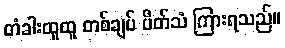
တံခါးထူထူ တစ်ချပ် ပိတ်သံ ကြားရသည်။